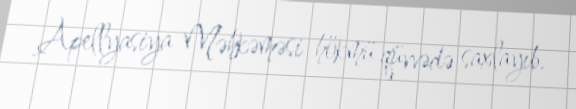
Apellyasiya Məhkəməsi hökmü qüvvədə saxlayıb.